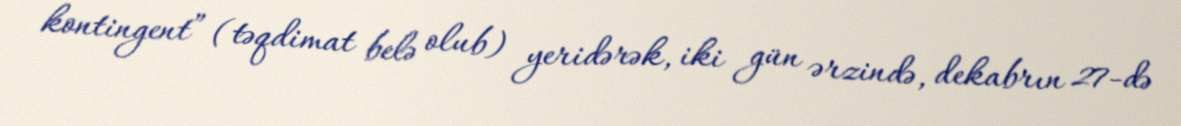
kontingent” (təqdimat belə olub) yeridərək, iki gün ərzində, dekabrın 27-də